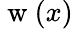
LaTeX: \mathrm{~w~}(x)